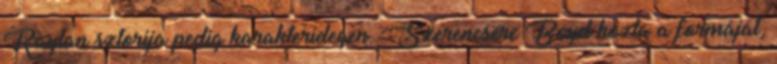
Raylan sztorija pedig karakteridegen. Szerencsére Boyd hozta a formáját,